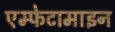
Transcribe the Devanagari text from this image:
एम्फेटामाइन